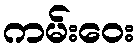
ကမ်းဝေး